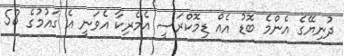
ދުނިޔޭގެ އެންމެ ބޮޑު އެއް ޑިމޮކްރަސީ އެމެރިކާ އެވަނީ އެ ގައުމުގެ 58